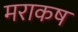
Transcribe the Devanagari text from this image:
मराकष